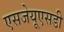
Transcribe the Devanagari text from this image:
एसजेयूएसडी